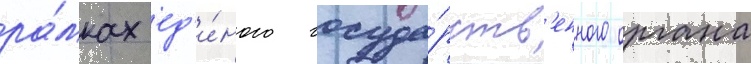
ра́мках ед'и́ного госуда́рств'енного органа